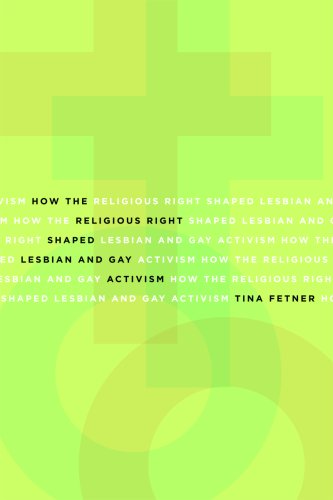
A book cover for How the Religious Right Shaped Lesbian and Gay Activism (Social Movements, Protest and Contention); Tina Fetner; Gay & Lesbian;